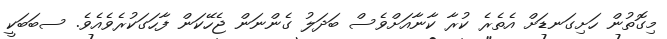
މިގޮތުން ހަށިގަނޑަށް އެތެރެ ކުރާ ކާނާއަށްވެސް ބަދަލު ގެންނަން ޖެހޭކަން ފާހަގަކުރެވެއެވެ. ސބަބަކީ